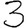
Digit: 3